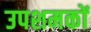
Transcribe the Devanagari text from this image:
उपशमकों